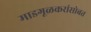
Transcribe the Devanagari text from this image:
माडगूळकरांसोबत